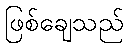
ဖြစ်ချေသည်